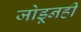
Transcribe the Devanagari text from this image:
जोडूनही